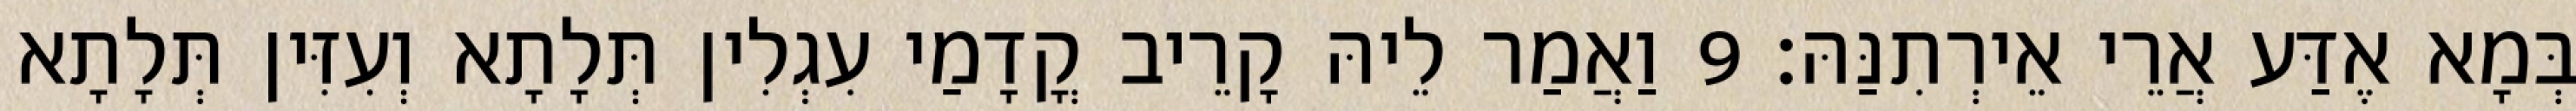
בְּמָא אֶדַּע אֲרֵי אֵירְתִנַּהּ׃ 9 וַאֲמַר לֵיהּ קָרֵיב קֳדָמַי עִגְלִין תְּלָתָא וְעִזִּין תְּלָתָא